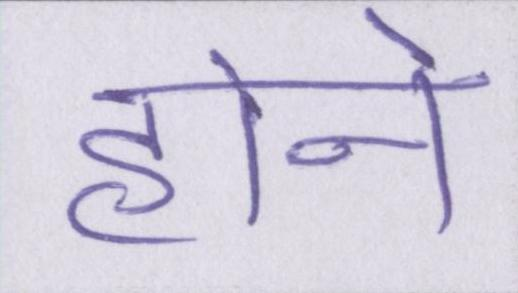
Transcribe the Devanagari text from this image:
होने